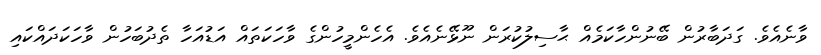
ވާނެއެވެ. ގަދަބާރުން ބޭނުންހާކަމެއް ޙާސިލުކުރަން ނޫޅޭނެއެވެ. އެހެންމީހުންގެ ވާހަކަތައް އަޑުއަހާ ތެދުބަހުން ވާހަކަދައްކައި